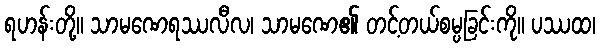
ရဟန်းတို့။ သာမဏေရဿလီလ၊ သာမဏေ၏ တင့်တယ်စမ္ပခြင်းကို။ ပဿထ၊